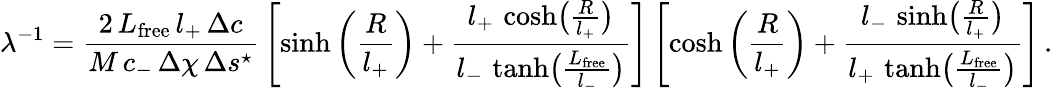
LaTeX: \lambda^{-1}=\frac{2\, L_{\mathrm{free}}\, l_{+}\, \Delta c}{M\, c_{-}\, \Delta\chi\, \Delta s^{\star}}\, \left[\sinh\left(\frac{R}{l_{+}}\right)+\frac{l_{+}\, \cosh\bigl(\frac{R}{l_{+}}\bigr)}{l_{-}\, \operatorname{tanh}\bigl(\frac{L_{\mathrm{free}}}{l_{-}}\bigr)}\right]\left[\cosh\left(\frac{R}{l_{+}}\right)+\frac{l_{-}\, \sinh\bigl(\frac{R}{l_{+}}\bigr)}{l_{+}\, \operatorname{tanh}\bigl(\frac{L_{\mathrm{free}}}{l_{-}}\bigr)}\right]\, .